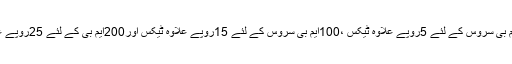
زونگ 24گھنٹے کی 20ایم بی سروس کے لئے 5روپے علاوہ ٹیکس ،100ایم بی سروس کے لئے 15روپے علاوہ ٹیکس اور200ایم بی کے لئے 25روپے علاوہ ٹیکس چارج کرتا ہے۔